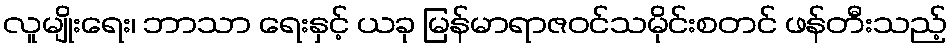
လူမျိုးရေး၊ ဘာသာ ရေးနှင့် ယခု မြန်မာရာဇဝင်သမိုင်းစတင် ဖန်တီးသည့်